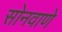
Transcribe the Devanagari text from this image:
सोनवाणे